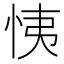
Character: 恞